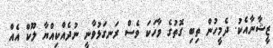
ޒީޝާނާއެކު. ދެމީހުން ތިބި ގޮތުގެ ވާހަކަ ވެސް ރަނގަޅުވާނީ ނުދެއްކިއްޔާ ލޫކް އެއް